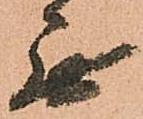
無